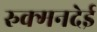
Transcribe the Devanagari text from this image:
रुक्मनदेई